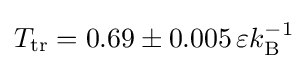
T_{\mathrm {tr} }=0.69\pm 0.005\,\varepsilon k_{\mathrm {B} }^{-1}